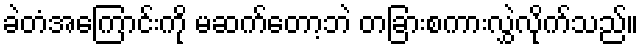
ခဲတံအကြောင်းကို မဆက်တော့ဘဲ တခြားစကားလွှဲလိုက်သည်။